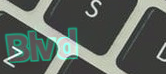
Blvd